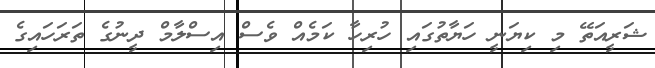
ޝަރީއަތޭ މި ކިޔަނީ ހަޔާތުގައި ހުރިހާ ކަމެއް ވެސް އިސްލާމް ދީނުގެ ތަރަހައިގެ